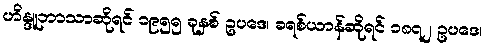
ဟိန္ဒူဘာသာဆိုရင် ၁၉၅၅ ခုနှစ် ဥပဒေ၊ ခရစ်ယာန်ဆိုရင် ၁၈၇၂ ဥပဒေ၊